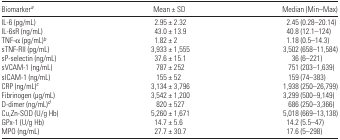
| Biomarkera | Mean ± SD | Median (Min–Max) |
 | --- | --- | --- |
 | IL-6 (pg/mL) | 2.95 ± 2.32 | 2.45 (0.28–20.14) |
 | IL-6sR (ng/mL) | 43.0 ± 13.9 | 40.8 (12.1–124) |
 | TNF-α (pg/mL)b | 1.82 ± 2 | 1.18 (0.5–14.3) |
 | sTNF-RII (pg/mL) | 3,933 ± 1,555 | 3,502 (658–11,584) |
 | sP-selectin (ng/mL) | 37.6 ± 15.1 | 36 (6–221) |
 | sVCAM-1 (ng/mL) | 787 ± 252 | 751 (203–1,639) |
 | sICAM-1 (ng/mL) | 155 ± 52 | 159 (74–383) |
 | CRP (ng/mL)c | 3,134 ± 3,796 | 1,938 (250–26,799) |
 | Fibrinogen (μg/mL) | 3,542 ± 1,200 | 3,299 (500–9,149) |
 | D-dimer (ng/mL)d | 820 ± 527 | 686 (250–3,366) |
 | Cu,Zn-SOD (U/g Hb) | 5,260 ± 1,671 | 5,018 (669–13,138) |
 | GPx-1 (U/g Hb) | 14.7 ± 5.6 | 14.2 (5.5–47) |
 | MPO (ng/mL) | 27.7 ± 30.7 | 17.6 (5–298) |